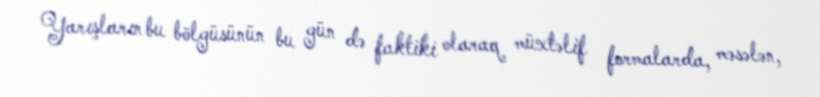
Yarışların bu bölgüsünün bu gün də faktiki olaraq müxtəlif formalarda, məsələn,